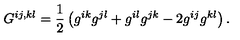
G ^ { i j , k l } = \frac { 1 } { 2 } \left( g ^ { i k } g ^ { j l } + g ^ { i l } g ^ { j k } - 2 g ^ { i j } g ^ { k l } \right) .